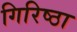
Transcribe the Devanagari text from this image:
गिरिष्ठा